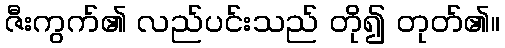
ဇီးကွက်၏ လည်ပင်းသည် တို၍ တုတ်၏။